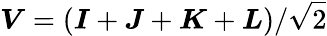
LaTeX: \boldsymbol{V}=(\boldsymbol{I}+\boldsymbol{J}+\boldsymbol{K}+\boldsymbol{L})/\sqrt{2}